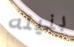
بنيته